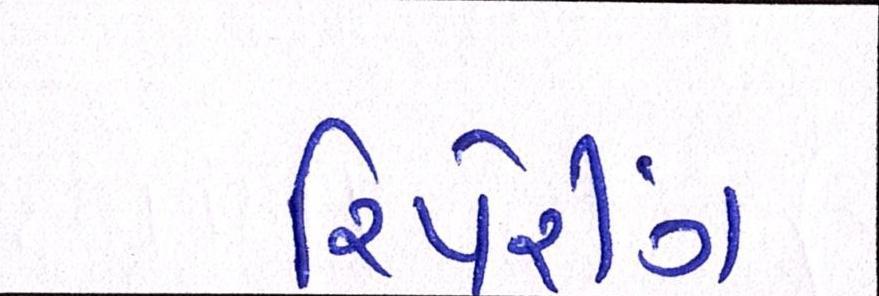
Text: રિપેરીંગ